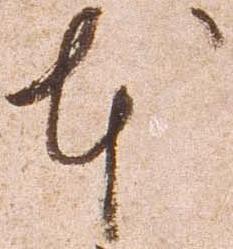
本